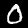
Label: 0